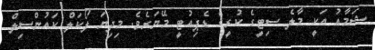
ޝަމާއު އަކީ މާލެ ސިޓީގެ ކުރީގެ ޑެޕިއުޓީ މޭޔަރެވެ. މިދިޔަ ލޯކަލް ކައުންސިލް